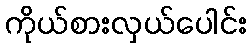
ကိုယ်စားလှယ်ပေါင်း